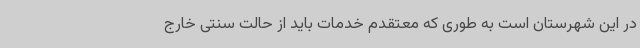
در این شهرستان است به طوری که معتقدم خدمات باید از حالت سنتی خارج